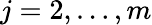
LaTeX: j=2,\dots,m